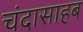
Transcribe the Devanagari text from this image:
चंदासाहब